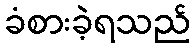
ခံစားခဲ့ရသည်